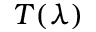
T ( \lambda )